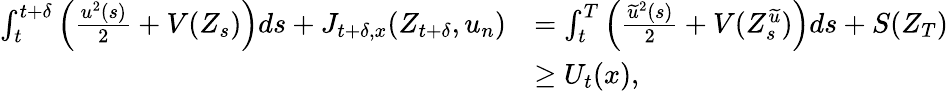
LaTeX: \begin{array}{rl}{\int_{t}^{t+\delta}\left(\frac{u^{2}(s)}{2}+V(Z_{s})\right)ds+J_{t+\delta,x}(Z_{t+\delta},u_{n})}&{=\int_{t}^{T}\left(\frac{\widetilde{u}^{2}(s)}{2}+V(Z_{s}^{\widetilde u})\right)ds+S(Z_{T})}\\ &{\geq{U}_{t}(x),}\end{array}